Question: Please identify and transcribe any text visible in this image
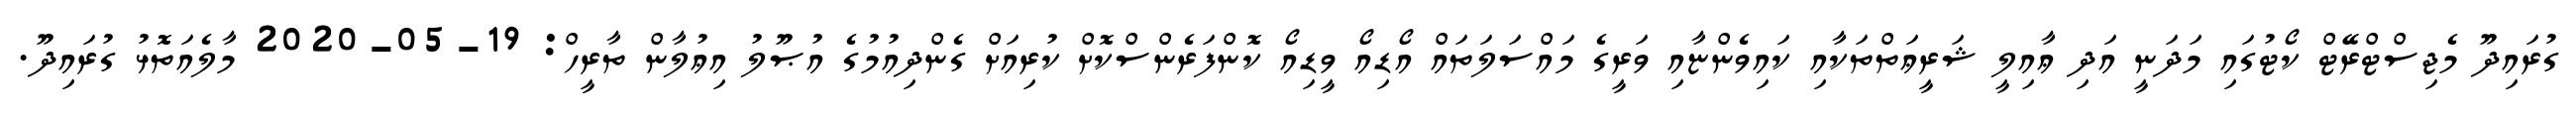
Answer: ގުރައިދޫ މެޖިސްޓްރޭޓް ކޯޓުގައި މަދަނީ އަދި ޢާއިލީ ޝަރީޢަތްތަކާއި ކައިވެންޏާއި ވަރީގެ މައްސަލަތައް އޯޑިއޯ ވީޑިއޯ ކޮންފަރެންސްކޮށް ކުރިއަށް ގެންދިއުމުގެ އުޞޫލު އިޢުލާން ތާރީހް: 19-05-2020 މާލެއަތޮޅު ގުރައިދޫ.